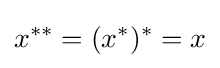
x^{**}=(x^{*})^{*}=x